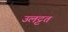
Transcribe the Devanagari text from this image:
उलट्टत